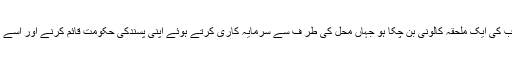
آج کل ایسا لگتا ہے کہ پاکستان سعودی عرب کی ایک ملحقہ کالونی بن چکا ہو جہاں محل کی طر ف سے سرمایہ کاری کرتے ہوئے اپنی پسندکی حکومت قائم کرنے اور اسے تقویت دینے کا کامیاب تجریہ کیا جارہاہے۔